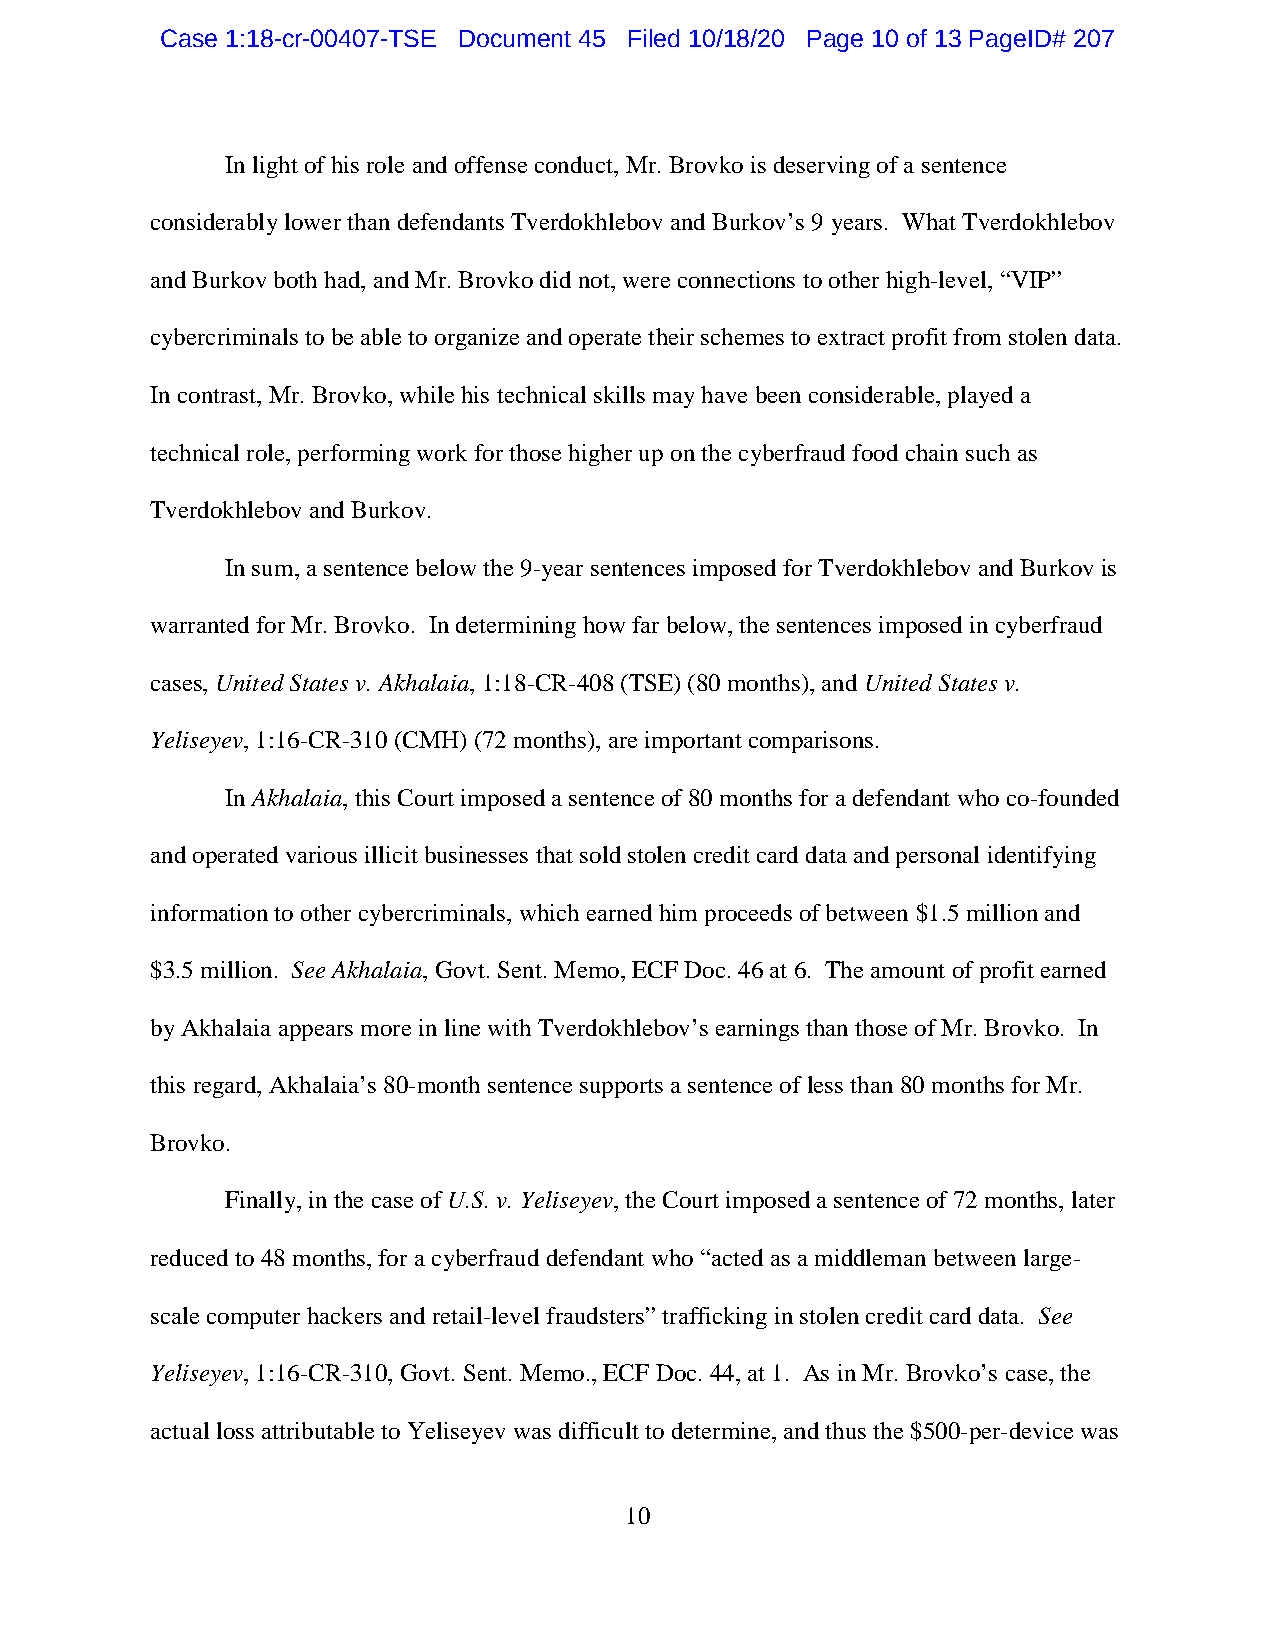
Case 1:18-cr-00407-TSE Document 45 Filed 10/18/20 Page 10 of 13 PageID# 207
 In light of his role and offense conduct, Mr. Brovko is deserving of a sentence
 considerably lower than defendants Tverdokhlebov and Burkov’s 9 years. What Tverdokhlebov
 and Burkov both had, and Mr. Brovko did not, were connections to other high-level, “VIP”
 cybercriminals to be able to organize and operate their schemes to extract profit from stolen data.
 In contrast, Mr. Brovko, while his technical skills may have been considerable, played a
 technical role, performing work for those higher up on the cyberfraud food chain such as
 Tverdokhlebov and Burkov.
 In sum, a sentence below the 9-year sentences imposed for Tverdokhlebov and Burkov is
 warranted for Mr. Brovko. In determining how far below, the sentences imposed in cyberfraud
 cases, United States v. Akhalaia, 1:18-CR-408 (TSE) (80 months), and United States v.
 Yeliseyev, 1:16-CR-310 (CMH) (72 months), are important comparisons.
 In Akhalaia, this Court imposed a sentence of 80 months for a defendant who co-founded
 and operated various illicit businesses that sold stolen credit card data and personal identifying
 information to other cybercriminals, which earned him proceeds of between $1.5 million and
 $3.5 million. See Akhalaia, Govt. Sent. Memo, ECF Doc. 46 at 6. The amount of profit earned
 by Akhalaia appears more in line with Tverdokhlebov’s earnings than those of Mr. Brovko. In
 this regard, Akhalaia’s 80-month sentence supports a sentence of less than 80 months for Mr.
 Brovko.
 Finally, in the case of U.S. v. Yeliseyev, the Court imposed a sentence of 72 months, later
 reduced to 48 months, for a cyberfraud defendant who “acted as a middleman between large-
 scale computer hackers and retail-level fraudsters” trafficking in stolen credit card data. See
 Yeliseyev, 1:16-CR-310, Govt. Sent. Memo., ECF Doc. 44, at 1. As in Mr. Brovko’s case, the
 actual loss attributable to Yeliseyev was difficult to determine, and thus the $500-per-device was
 10